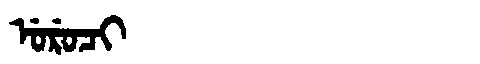
Manchu: ᡠᡵᡠᠴᡳ
Romanization: URUCI